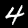
Digit: 4